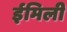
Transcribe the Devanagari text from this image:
ईमिली